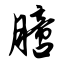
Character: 膪